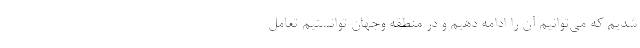
شدیم که می‌توانیم آن را ادامه دهیم و در منطقه وجهان توانستیم تعامل